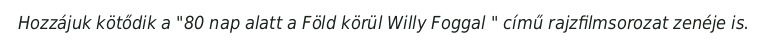
Hozzájuk kötődik a "80 nap alatt a Föld körül Willy Foggal " című rajzfilmsorozat zenéje is.